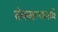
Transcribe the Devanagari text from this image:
तोफखान्यामध्ये